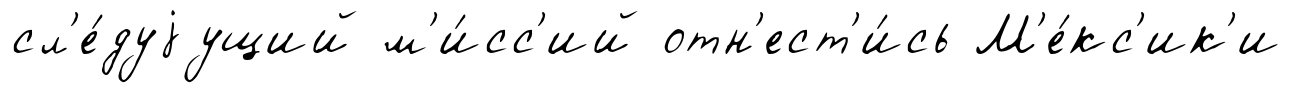
сл'е́дуjущий м'и́сс'ий отн'ест'и́сь М'е́кс'ик'и